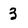
Character: 3